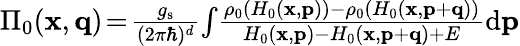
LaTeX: \begin{array}{r}{\Pi_{0}(\mathbf{x},\mathbf{q})\! =\! \frac{g_{\mathrm{s}}}{(2\pi\hbar)^{d}}\! \int\! \frac{\rho_{0}\left(H_{0}(\mathbf{x},\mathbf{p})\right)-\rho_{0}\left(H_{0}(\mathbf{x},\mathbf{p}+\mathbf{q})\right)}{H_{0}(\mathbf{x},\mathbf{p})-H_{0}(\mathbf{x},\mathbf{p}+\mathbf{q})+E}\mathrm{d}\mathbf{p}}\end{array}